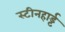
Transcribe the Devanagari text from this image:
स्टीनहार्ड्ट